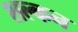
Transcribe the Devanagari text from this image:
शल्‍कन